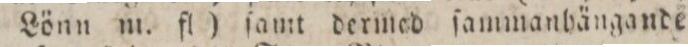
Aſk och Lönn m. fl.) ſamt dermed ſammanhängande